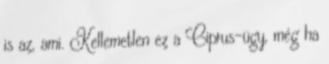
is az, ami. Kellemetlen ez a Ciprus-ügy, még ha